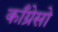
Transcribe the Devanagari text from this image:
काँग्रेसो